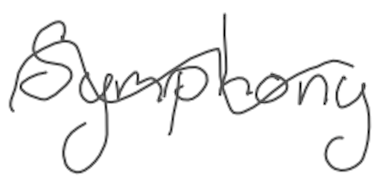
Text: Symphony
Cross-out: wave
Writing tool: digital_gray